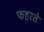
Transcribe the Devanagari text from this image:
फहरते